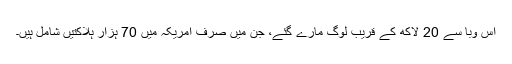
اس وبا سے 20 لاکھ کے قریب لوگ مارے گئے، جن میں صرف امریکہ میں 70 ہزار ہلاکتیں شامل ہیں۔